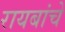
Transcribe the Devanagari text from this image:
रायबांचे